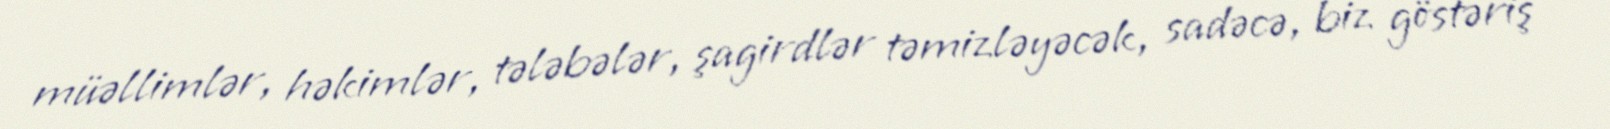
müəllimlər, həkimlər, tələbələr, şagirdlər təmizləyəcək, sadəcə, biz göstəriş